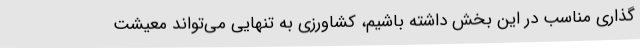
‌گذاری مناسب در این بخش داشته باشیم، کشاورزی به تنهایی می‌تواند معیشت